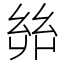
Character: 𢇇